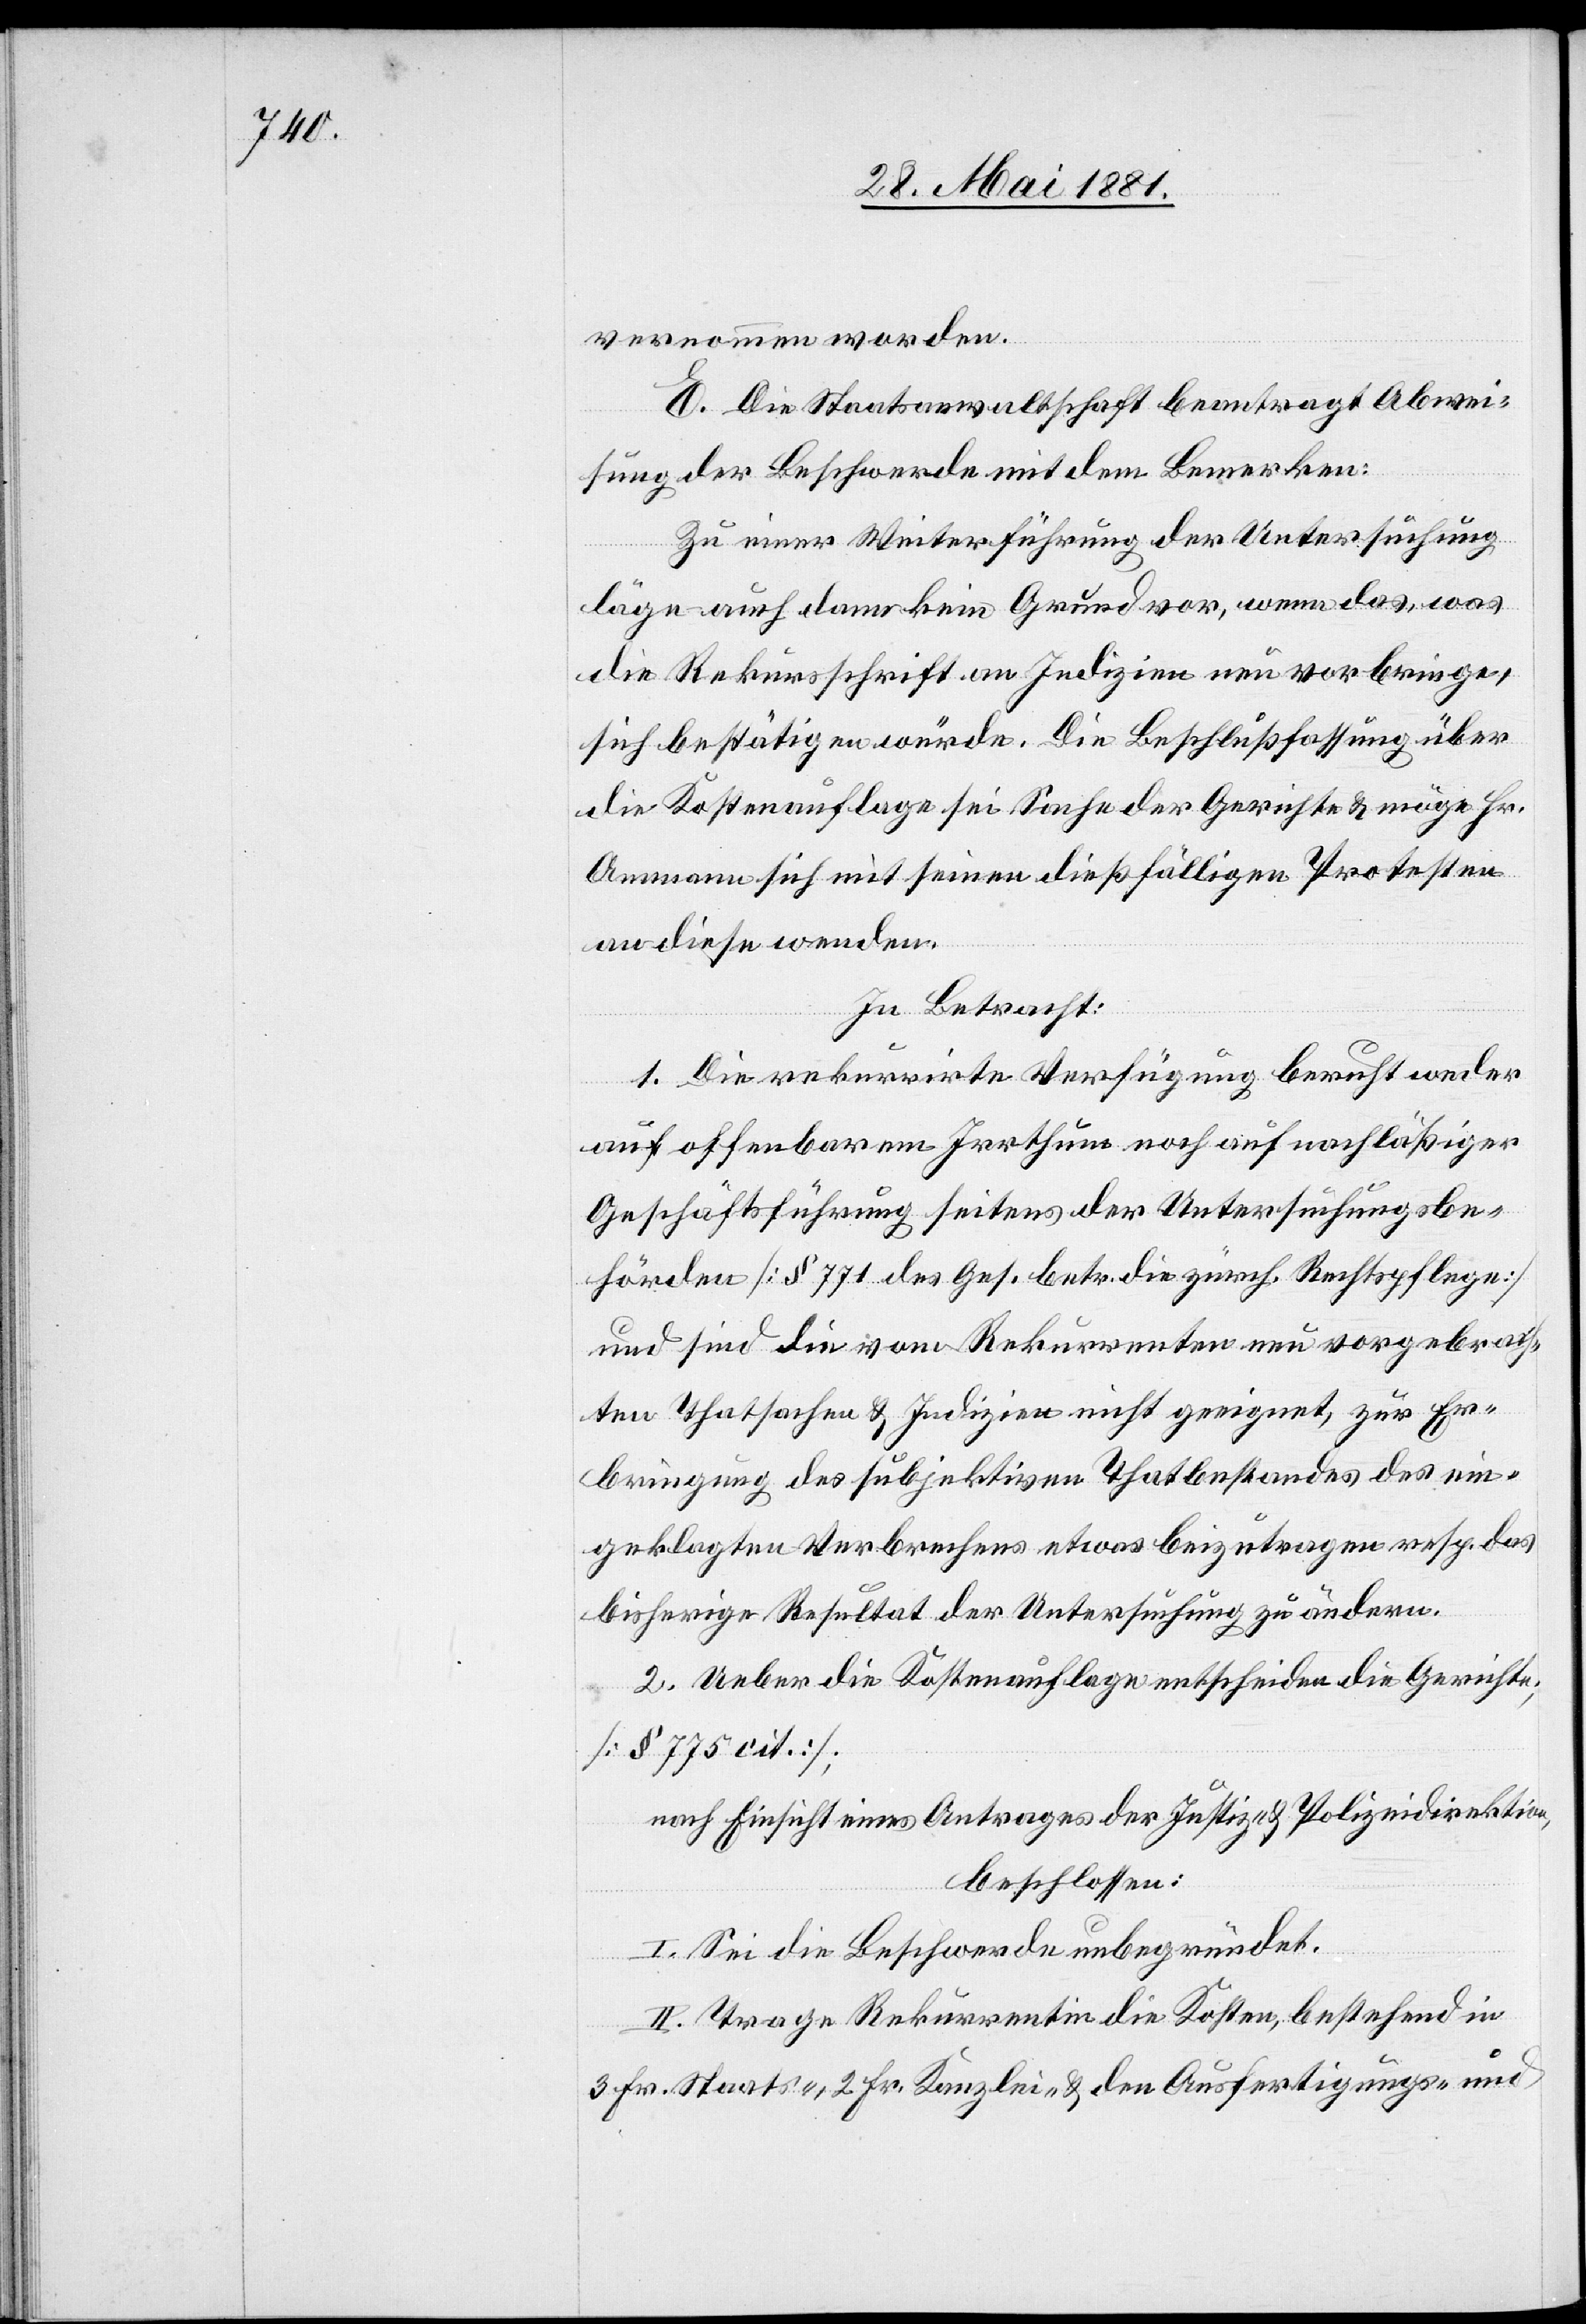
vernommen worden.
E. Die Staatsanwaltschaft beantragt Abwei¬
sung der Beschwerde mit dem Bemerken:
Zu einer Weiterführung der Untersuchung
läge auch dann kein Grund vor, wenn das, was
die Rekursschrift an Indizien neu vorbringe,
sich bestätigen würde. Die Beschlußfassung über
die Kostenauflage sei Sache der Gerichte & möge Hr.
Ammann sich mit seinen dießfälligen Protesten
an diese wenden.
In Betracht:
1. Die rekurrirte Verfügung beruht weder
auf offenbarem Irrthum noch auf nachläßiger
Geschäftsführung seitens der Untersuchungsbe¬
hörden [§ 771 des Ges. betr. die zürch. Rechtspflege]
und sind die vom Rekurrenten neu vorgebrach¬
ten Thatsachen & Indizien nicht geeignet, zur Er¬
bringung des subjektiven Thatbestandes des ein¬
geklagten Verbrechens etwas beizutragen resp. das
bisherige Resultat der Untersuchung zu ändern.
2. Ueber die Kostenauflage entscheiden die Gerichte;
[§ 775 cit.];
nach Einsicht eines Antrages der Justiz- & Polizeidirektion,
I. Sei die Beschwerde unbegründet.
II. Trage Rekurrentin die Kosten, bestehend in
3 Fr. Staats-, 2 Fr. Kanzlei & den Ausfertigungs- und